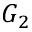
G _ { 2 }